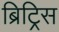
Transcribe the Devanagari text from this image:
ब्रिट्रिस